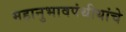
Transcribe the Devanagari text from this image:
महानुभावपंथीयांचे